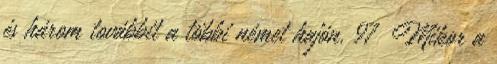
és három továbbit a többi német hajón. 97 Mikor a